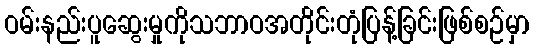
ဝမ်းနည်းပူဆွေးမှုကိုသဘာဝအတိုင်းတုံပြန့်ခြင်းဖြစ်စဉ်မှာ